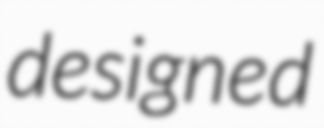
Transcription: designed